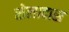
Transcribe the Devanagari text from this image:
सेलादास